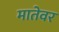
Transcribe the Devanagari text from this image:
मातेवर